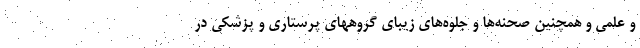
و علمی و همچنین صحنه‌ها و جلوه‌های زیبای گروههای پرستاری و پزشکی در